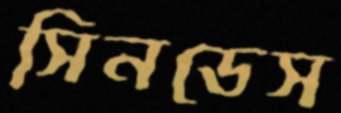
সিনডেস